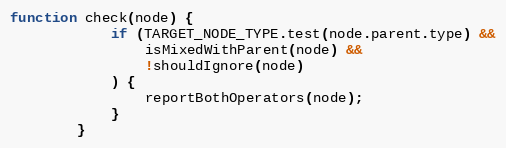
Language: JavaScript
function check(node) {
            if (TARGET_NODE_TYPE.test(node.parent.type) &&
                isMixedWithParent(node) &&
                !shouldIgnore(node)
            ) {
                reportBothOperators(node);
            }
        }